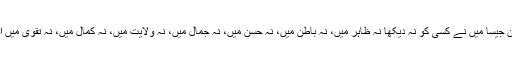
اس وجہ سے نہیں بلکہ قدوۃ الاولیاء حضور سیدنا طاہر علاؤالدین جیسا میں نے کسی کو نہ دیکھا نہ ظاہر میں، نہ باطن میں، نہ حسن میں، نہ جمال میں، نہ ولایت میں، نہ کمال میں، نہ تقویٰ میں اور نہ طہارت میں، نہ اتباع سیرت میں، نہ پاکیزگی کردار میں۔